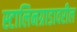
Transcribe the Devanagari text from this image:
स्टालिनग्राडावरील